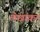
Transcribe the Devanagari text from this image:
लेखांकर